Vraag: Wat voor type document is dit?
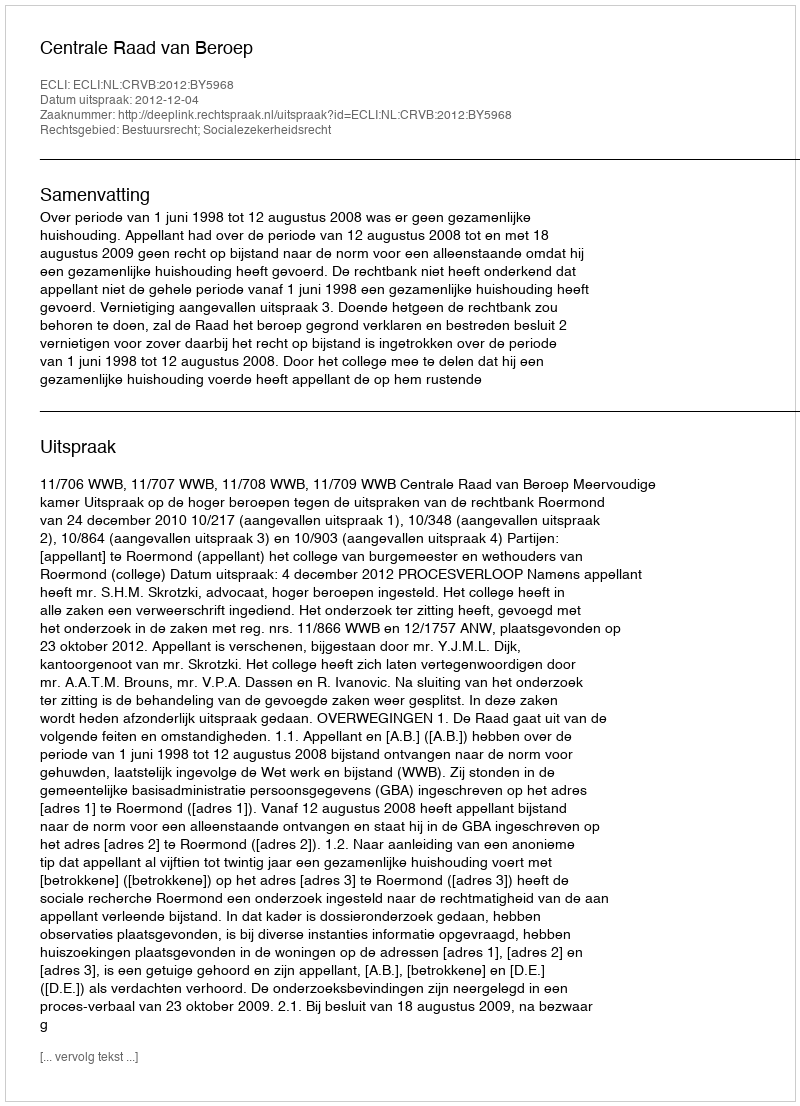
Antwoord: Uitspraak